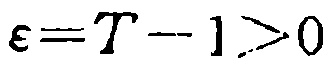
\(\varepsilon = T - 1 > 0\)